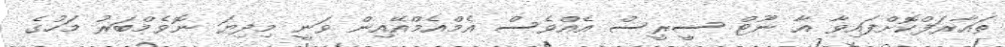
ތައާރަފްކޮށްފައިވާ އާ ނޫޓް ސީރީސް އެއްވެސް އެމްއެމްއޭއިން ވަނީ މިދިޔަ ނޮވެމްބަރު މަހުގެ